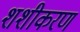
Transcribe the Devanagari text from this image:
शशीकरण